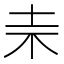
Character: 𣏄